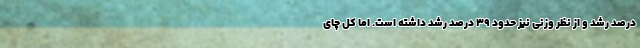
درصد رشد و از نظر وزنی نیز حدود ۳۹ درصد رشد داشته است. اما کل چای